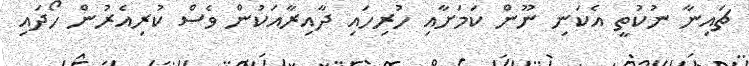
ޗައިނާ ނުކުތީ އެކަނި ނޫން ކަމަށާއި ހުރިހައި ދާއިރާއަކުން ވެސް ކުރިއެރުން ހޯދައި